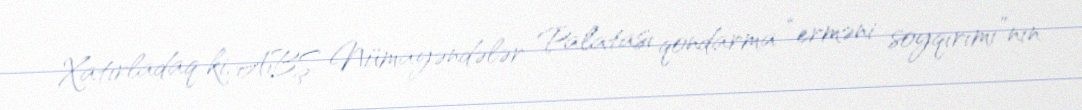
Xatırladaq ki, ABŞ Nümayəndələr Palatası qondarma “erməni soyqırımı”nın